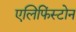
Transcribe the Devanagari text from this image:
एलिफिंस्टोन